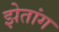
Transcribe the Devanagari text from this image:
झेतांग